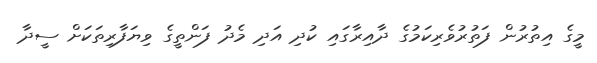
މީގެ އިތުރުން ފަތުރުވެރިކަމުގެ ދާއިރާގައި ކުދި އަދި މެދު ފަންތީގެ ވިޔަފާރިތަކަށް ސީދާ